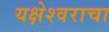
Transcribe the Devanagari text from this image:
यक्षेश्वराचा